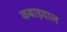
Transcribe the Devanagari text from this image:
कबाड़वाल